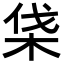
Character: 𣑡